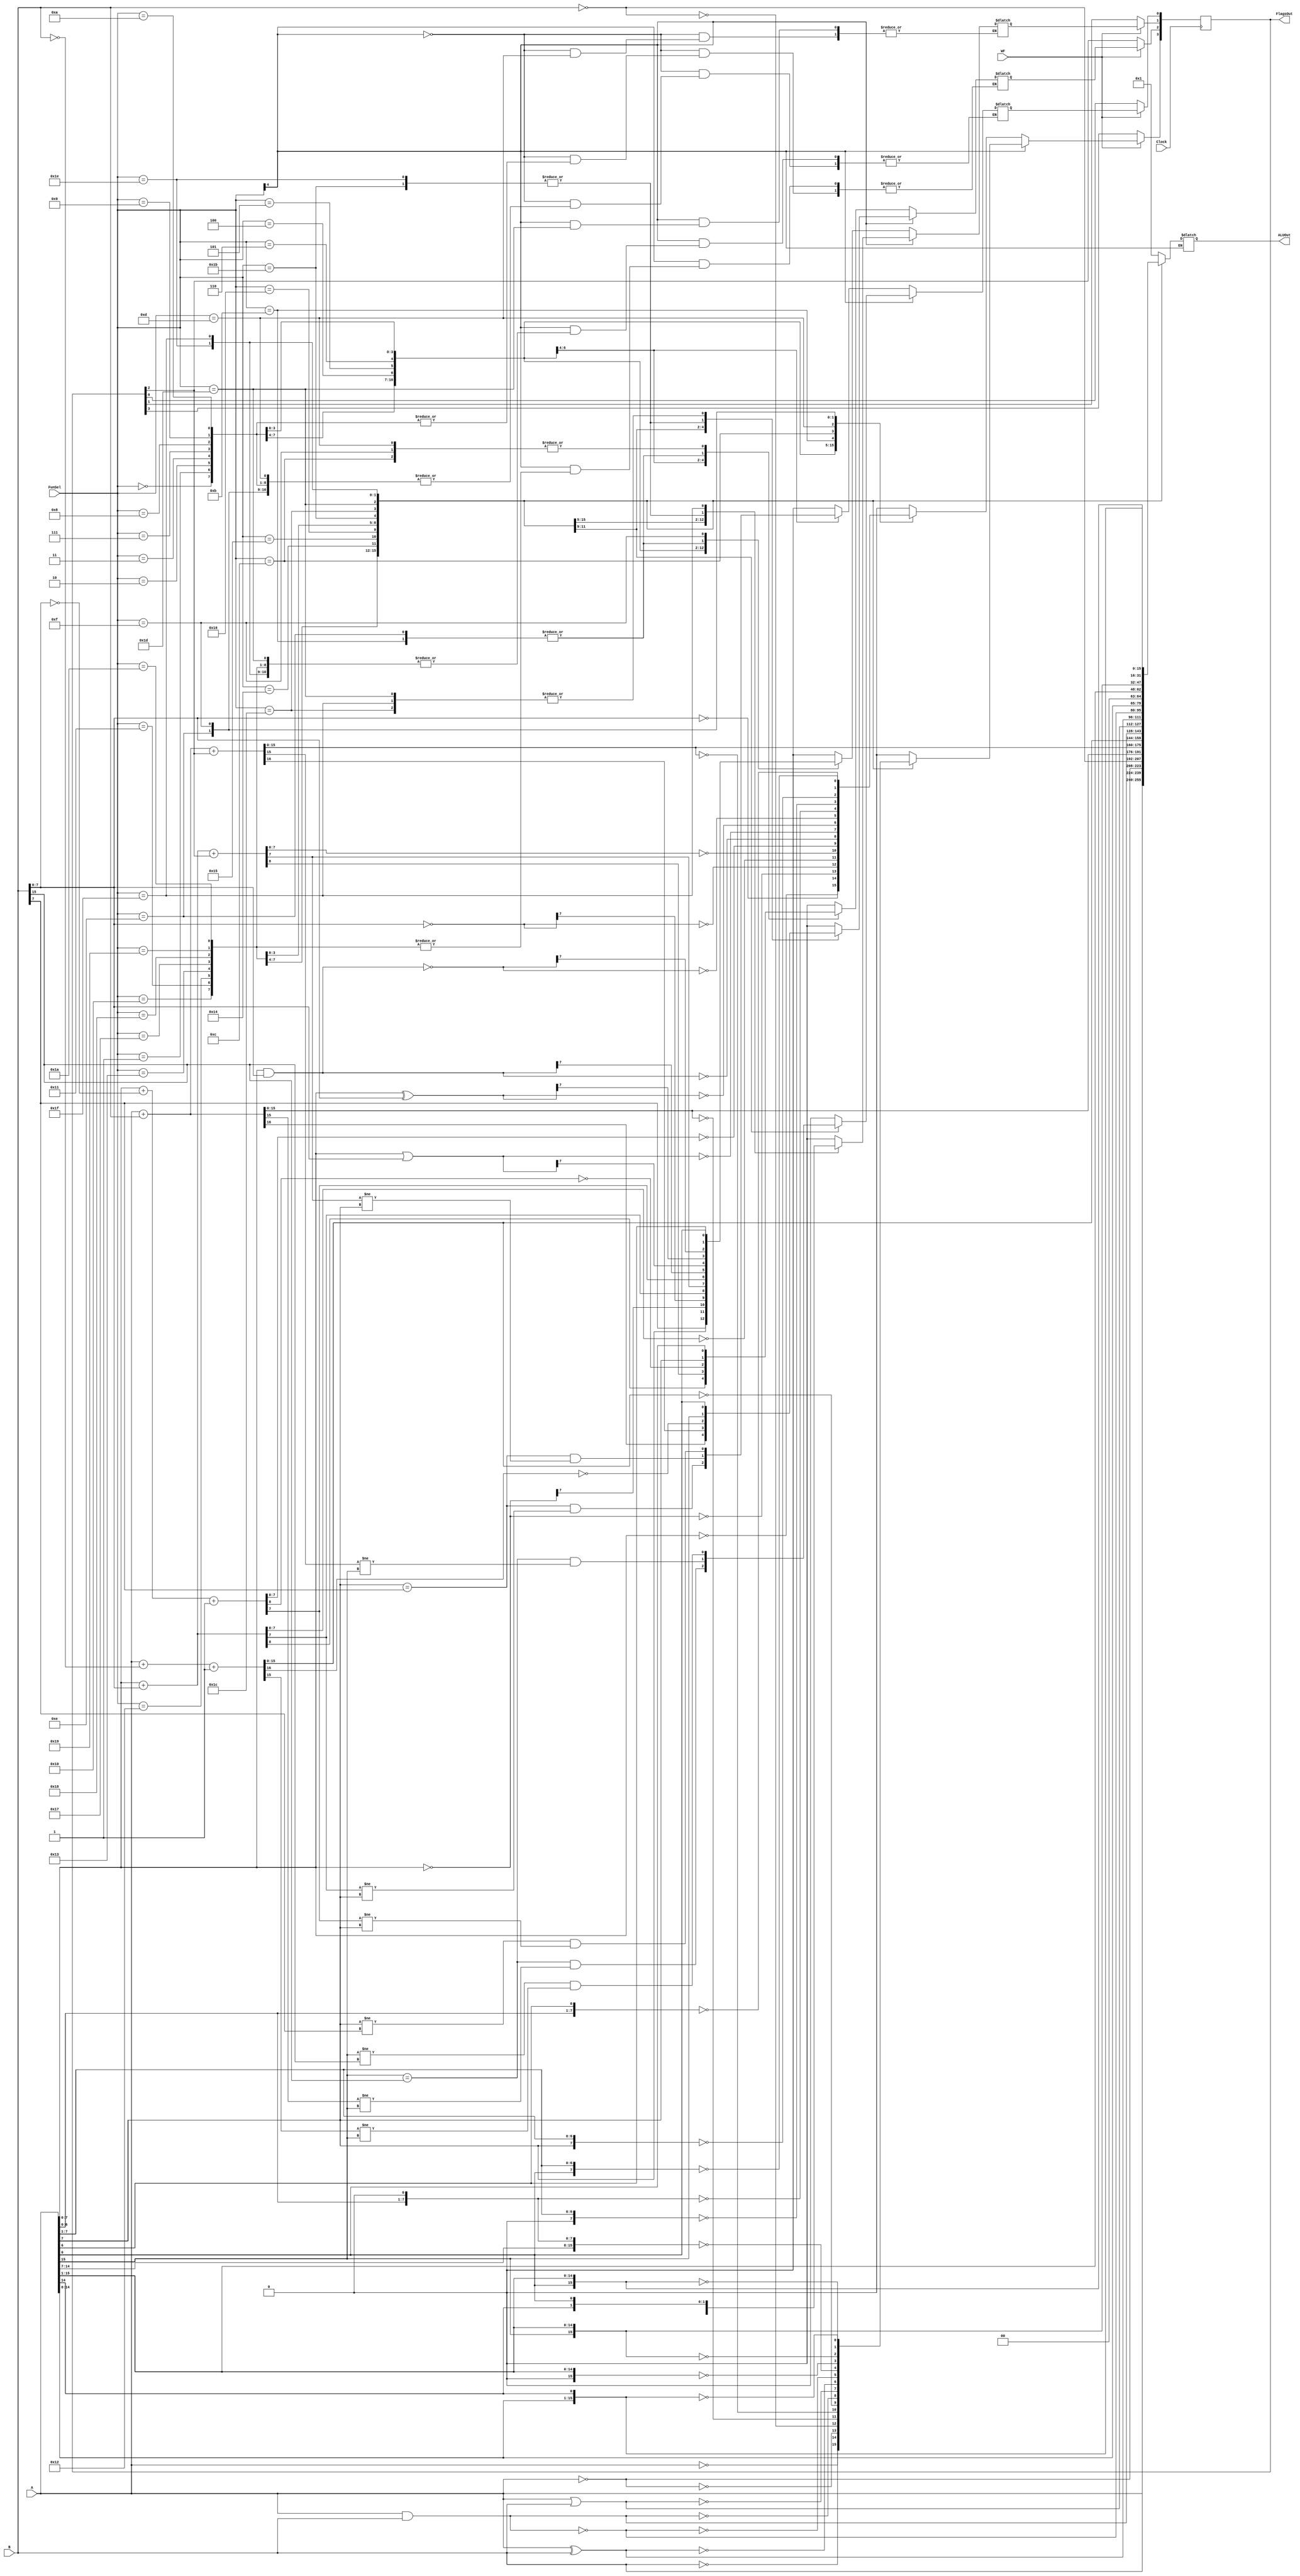
`timescale 1ns / 1ps
module ArithmeticLogicUnit(A, B,FunSel, WF, Clock, ALUOut, FlagsOut);
    input wire [15:0] A;
    input wire [15:0] B;
    input wire [4:0] FunSel;
    input wire WF;
    input wire Clock;
    output reg [15:0] ALUOut;
    output reg [3:0] FlagsOut;

 // Internal signals
    reg [16:0] temp; // To handle overflow
    reg Zero = 1'b0;
    reg Negative = 1'b0;
    reg Carry = 1'b0;
    reg Overflow = 1'b0;
    wire [7:0] A_8bit;
    wire [7:0] B_8bit;
    assign A_8bit = A[7:0];
    assign B_8bit = B[7:0];
    
    always @(*) begin
        if(FunSel[4] == 0) begin
        case(FunSel)
            5'b00000: begin // A
                temp[7:0] = A_8bit;
                temp[15:8] = 8'd0;
                Zero = (temp[7:0] == 0);
                Negative = temp[7];
            end
            5'b00001: begin // B
                temp[7:0] = B_8bit;
                temp[15:8] = 8'd0;
                Zero = (temp[7:0] == 0);
                Negative = temp[7];
            end
            5'b00010: begin // A NOT
                temp[7:0] = ~A_8bit;
                temp[15:8] = 8'd0;
                Zero = (temp[7:0] == 0);
                Negative = temp[7];

            end
            5'b00011: begin // B NOT
                temp[7:0] = ~B_8bit;
                temp[15:8] = 8'd0;
                Zero = (temp[7:0] == 0);
                Negative = temp[7];
            end
            5'b00100: begin // ADD
                 temp[8:0] = A_8bit + B_8bit;
                 Zero = (temp[7:0] == 0);
                 Negative = temp[7];
                 Carry = (temp[8] == 1);
                 Overflow = (A_8bit[7] == B_8bit[7] && temp[7] != A_8bit[7]);
                 temp[15:8] = 8'd0;
            end
            5'b00101: begin // ADD WITH CARRY
                temp[8:0] = A_8bit + B_8bit + FlagsOut[2];
                Zero = (temp[7:0] == 0);
                Negative = temp[7];
                Carry = (temp[8] == 1);
                Overflow = (A_8bit[7] == B_8bit[7] && temp[7] != A_8bit[7]);
                temp[15:8] = 8'd0;
            end
            5'b00110: begin // SUBSTRACT
                 temp[8:0] = A_8bit + ~B_8bit + 1'b1;
                 Zero = (temp[7:0] == 0);
                 Negative = temp[7];
                 Carry = (temp[8] == 0); // 0 carry 1 borrow (Carry value is actually borrow in substraction))
                 Overflow = (A_8bit[7] != B_8bit[7] && temp[7] != A_8bit[7]);
                 temp[15:8] = 8'd0;
            end
            5'b00111: begin //AND
                 temp[7:0] = A_8bit & B_8bit;
                 temp[15:8] = 8'd0;
                 Zero = (temp[7:0] == 0);
                 Negative = temp[7];
            end
            5'b01000: begin // OR
                 temp[7:0] = A_8bit | B_8bit;
                 temp[15:8] = 8'd0;
                 Zero = (temp[7:0] == 0);
                 Negative = temp[7];
             end
            5'b01001: begin // XOR
                temp[7:0] = A_8bit ^ B_8bit;
                temp[15:8] = 8'd0;
                Zero = (temp[7:0] == 0);
                Negative = temp[7];
              end
            5'b01010: begin // NAND
                temp[7:0] = ~(A_8bit & B_8bit);
                temp[15:8] = 8'd0;
                Zero = (temp[7:0] == 0);
                Negative = temp[7];
              end
            5'b01011: begin // LSLA
                Carry = A_8bit[7];
                temp[7:0] = A_8bit[7:0] << 1;
                temp[15:8] = 8'd0;
                Zero = (temp[7:0] == 0);
                Negative = temp[7];
              end
            5'b01100: begin // LSRA
                Carry = A_8bit[0];
                temp[7:0] = A_8bit[7:0] >> 1;
                temp[15:8] = 8'd0;
                Zero = (temp[7:0] == 0);
                Negative = temp[7];
             end
            5'b01101: begin // ASRA
                 Carry = A_8bit[0];
                 temp[7:0] = {A_8bit[7], A_8bit[7:1]};
                 temp[15:8] = 8'd0;
                 Zero = (temp[7:0] == 0);
              end
             5'b01110: begin // CSLA
                temp[7:0] = {A_8bit[6:0], A_8bit[6]}; // Shift left and take MSB to LSB
                temp[15:8] = 8'd0;
                Zero = (temp[7:0] == 0);
                Negative = temp[7];
                Carry = A_8bit[7]; // Carry is the MSB before shift
               end
             5'b01111: begin // CSRA
                  temp[7:0] = {A_8bit[0], A_8bit[7:1]}; // Shift right and take LSB to MSB
                  temp[15:8] = 8'd0;
                  Zero = (temp[7:0] == 0);
                  Negative = temp[7];
                  Carry = A_8bit[0]; // Carry is the MSB before shift
                 end                  
            default: begin // Default case
                temp = 16'd1;
                Zero = 1'b0;
                Negative = 1'b0;
                Carry = 1'b0;
                Overflow = 1'b0;
            end
        endcase
        end
        else begin
        case(FunSel)
            5'b10000: begin // A
                temp[15:0] = A;
                Zero = (temp[15:0] == 0);
                Negative = temp[15];
            end
            5'b10001: begin // B
                temp[15:0] = B;
                Zero = (temp[15:0] == 0);
                Negative = temp[15];
            end
            5'b10010: begin // A NOT
                temp[15:0] = ~A;
                Zero = (temp[15:0] == 0);
                Negative = temp[15];

            end
            5'b10011: begin // B NOT
                temp[15:0] = ~B;
                Zero = (temp[15:0] == 0);
                Negative = temp[7];
            end
            5'b10100: begin // ADD
                 temp[16:0] = A + B;
                 Zero = (temp[15:0] == 0);
                 Negative = temp[15];
                 Carry = (temp[16] == 1);
                 Overflow = (A[15] == B[15] && temp[15] != A[15]);
            end
            5'b10101: begin // ADD WITH CARRY
                temp[16:0] = A + B + FlagsOut[2];
                Zero = (temp[15:0] == 0);
                Negative = temp[15];
                Carry = (temp[16] == 1);
                Overflow = (A[15] == B[15] && temp[15] != A[15]);
            end
            5'b10110: begin // SUBSTRACTION
                 temp[16:0] = A + ~B + 1'b1;
                 Zero = (temp[15:0] == 0);
                 Negative = temp[15];
                 Carry = (temp[16] == 0); // 0 carry 1 borrow (Carry value is actually borrow in substraction))
                 Overflow = (A[15] != B[15] && temp[15] != A[15]);
            end
            5'b10111: begin // AND
                 temp[15:0] = A & B;
                 Zero = (temp[15:0] == 0);
                 Negative = temp[15];
            end
            5'b11000: begin // OR
                 temp[15:0] = A | B;
                 Zero = (temp[15:0] == 0);
                 Negative = temp[15];
             end
            5'b11001: begin // XOR
                temp[15:0] = A ^ B;
                Zero = (temp[15:0] == 0);
                Negative = temp[15];
              end
            5'b11010: begin // NAND
                temp[15:0] = ~(A & B);
                Zero = (temp[15:0] == 0);
                Negative = temp[15];
              end
            5'b11011: begin // LSLA
                Carry = A[15];
                temp[15:0] = A[15:0] << 1;
                Zero = (temp[15:0] == 0);
                Negative = temp[15];
              end
            5'b11100: begin // LSRA
                Carry = A[0];
                temp[15:0] = A[15:0] >> 1;
                Zero = (temp[15:0] == 0);
                Negative = temp[15];
             end
            5'b11101: begin // ASRA
                 Carry = A[0];
                 temp[15:0] = {A[15], A[15:1]};
                 Zero = (temp[15:0] == 0);
              end
             5'b11110: begin // CSLA
                temp[15:0] = {A[14:0], A[14]}; // Shift left and take MSB to LSB
                Zero = (temp[15:0] == 0);
                Negative = temp[15];
                Carry = A[15]; // Carry is the MSB before shift
               end
             5'b11111: begin // CSRA
                  temp[15:0] = {A[0], A[15:1]}; // Shift right and take LSB to MSB
                  Zero = (temp[15:0] == 0);
                  Negative = temp[15];
                  Carry = A[0]; // Carry is the MSB before shift
                 end                  
            default: begin // Default case
                temp = 16'd1;
                Zero = 1'b0;
                Negative = 1'b0;
                Carry = 1'b0;
                Overflow = 1'b0;
            end
        endcase
         ALUOut = temp[15:0]; 
       end
    end

    always @(posedge Clock) begin
    if(WF)begin
            FlagsOut[3] = Zero; // Z flag
            FlagsOut[2] = Carry; // C flag
            FlagsOut[1] = Negative; // N flag
            FlagsOut[0] = Overflow; // O flag      
           end 
    end 

endmodule